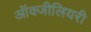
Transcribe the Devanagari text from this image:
ऑक्जीलियरी